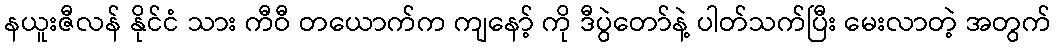
နယူးဇီလန် နိုင်ငံ သား ကီဝီ တယောက်က ကျနော့် ကို ဒီပွဲတော်နဲ့ ပါတ်သက်ပြီး မေးလာတဲ့ အတွက်